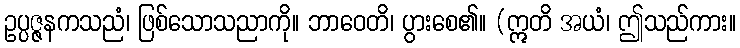
ဥပ္ပဇ္ဇနကသညံ၊ ဖြစ်သောသညာကို။ ဘာဝေတိ၊ ပွားစေ၏။ (ဣတိ အယံ၊ ဤသည်ကား။